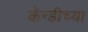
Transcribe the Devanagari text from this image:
कॅन्डीच्या